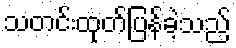
သတင်းထုတ်ပြန်ခဲ့သည်